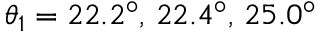
\theta _ { 1 } = 2 2 . 2 ^ { \circ } , \, 2 2 . 4 ^ { \circ } , \, 2 5 . 0 ^ { \circ }